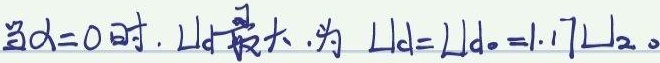
当\(\alpha = 0\)时，\(U_{d}\)最大，为\(U_{d}=U_{d0}=1.17U_{2}\)。